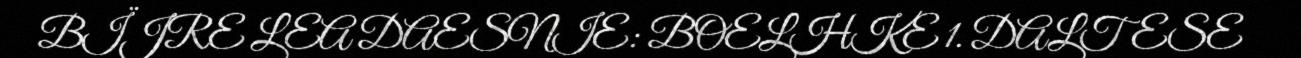
BÏJRE LEA DAESNIE: BOELHKE 1. DALTESE